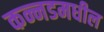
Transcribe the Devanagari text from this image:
कन्नडमधील